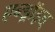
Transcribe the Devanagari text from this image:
एन्ड्रॉइड्